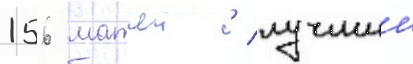
156 матчеи / лучшии